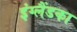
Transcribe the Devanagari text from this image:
इंग्लैंडका